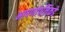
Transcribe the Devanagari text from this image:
भाषणांपलिकडे